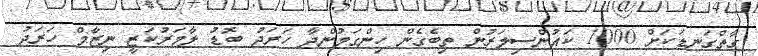
ގާތްގަނޑަކަށް 1000 ކައުންސިލަރުން ތިބެގެން ހިންގަމުންދާ ހަރަދު ބޮޑު ލާމަރުކަޒީ ނިޒާމް ހަރަދު